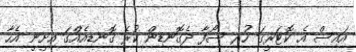
އައިސް އެ ކޮޓަރީގަ ހުރި ސޯފާ ދެގޮނޑިން ކުރެ ގޮނޑިއެއްގަ އިށީނީ އެހާ